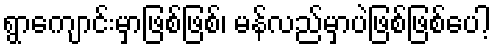
ရွာကျောင်းမှာဖြစ်ဖြစ်၊ မန်လည်မှာပဲဖြစ်ဖြစ်ပေါ့